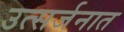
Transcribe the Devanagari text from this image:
उत्सर्जनात